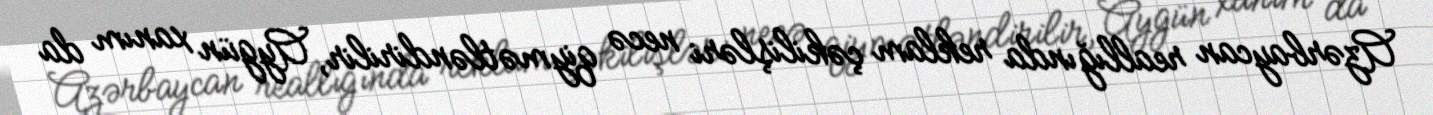
Azərbaycan reallığında reklam çəkilişləri necə qiymətləndirilir, Aygün xanım da